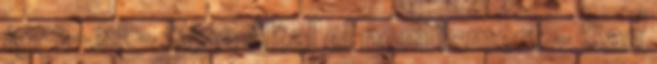
1951-es - Kína által el nem ismert - San